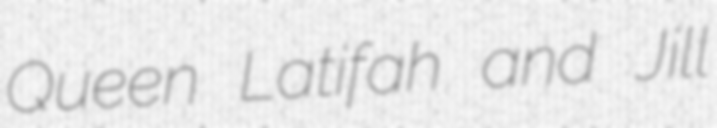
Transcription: Queen Latifah and Jill